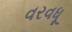
વરવધૂ